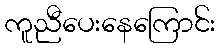
ကူညီပေးနေကြောင်း